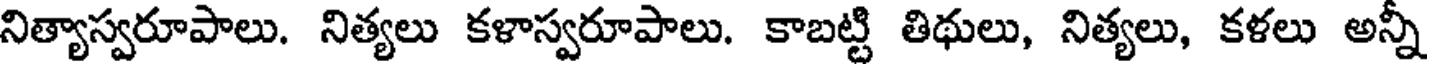
నిత్యాస్వరూపాలు. నిత్యలు కళాస్వరూపాలు. కాబట్టి తిథులు, నిత్యలు, కళలు అన్నీ